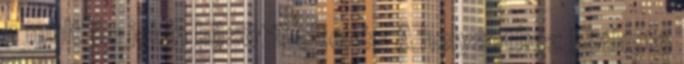
a múlt és jelen közötti eltérés A helyzethez köthető